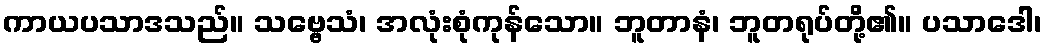
ကာယပသာဒသည်။ သဗ္ဗေသံ၊ အလုံးစုံကုန်သော။ ဘူတာနံ၊ ဘူတရုပ်တို့၏။ ပသာဒေါ၊